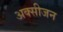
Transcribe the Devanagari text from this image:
अक्‍सीजन